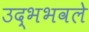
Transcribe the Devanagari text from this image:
उद्भभवले